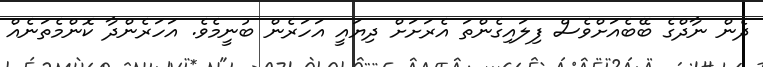
ދެން ނާދްގެ ބޭބެއަށްވެސް ފިލައިގެންތަ އެރަށަށް ދިޔައީ އަހަރެން ބުނީމެވެ. އަހަރެންދާ ކޮންމެތަނެއް